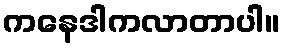
ကနေဒါကလာတာပါ။